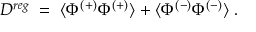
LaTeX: D ^ { r e g } \; = \; \langle \Phi ^ { ( + ) } \Phi ^ { ( + ) } \rangle + \langle \Phi ^ { ( - ) } \Phi ^ { ( - ) } \rangle \; .